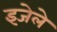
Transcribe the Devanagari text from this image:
इजेले